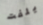
يلفت